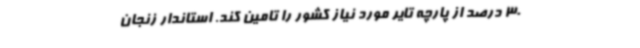
30 درصد از پارچه تایر مورد نیاز کشور را تامین کند. استاندار زنجان